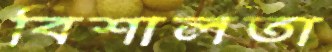
বিশালতা